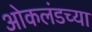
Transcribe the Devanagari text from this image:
ओकलंडच्या